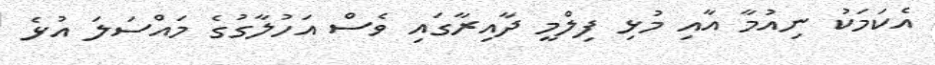
އެކަމަކު ނިއުމާ އާއި މުޅި ފިލްމީ ދާއިރާގައި ވެސް އަހުލާގުގެ މައްސަލަ އުޅެ